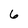
Character: 6